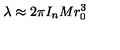
\lambda \approx 2 \pi I _ { n } M r _ { 0 } ^ { 3 }